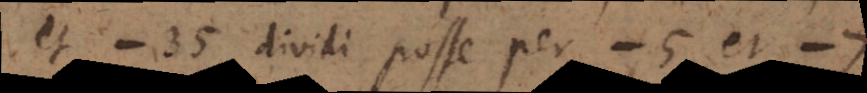
− 35 dividi posse per − 5 et −